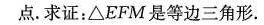
点。求证：\triangle EFM是等边三角形。